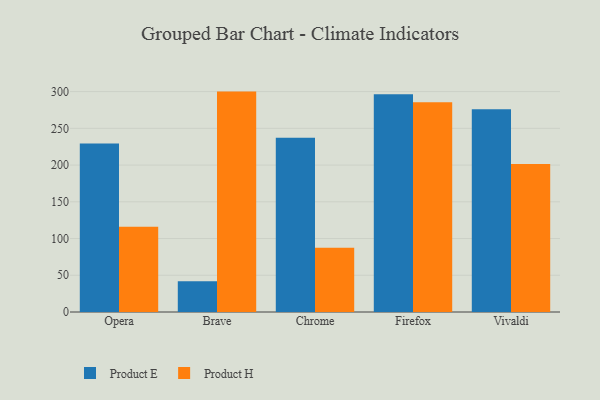
{"axis": {"x": "Browser", "y": "Backlog"}, "legend": ["Product E", "Product H"], "data": [{"x": "Opera", "y": 229.2, "type": "Product E"}, {"x": "Opera", "y": 116.0, "type": "Product H"}, {"x": "Brave", "y": 41.8, "type": "Product E"}, {"x": "Brave", "y": 300.0, "type": "Product H"}, {"x": "Chrome", "y": 237.1, "type": "Product E"}, {"x": "Chrome", "y": 87.3, "type": "Product H"}, {"x": "Firefox", "y": 296.4, "type": "Product E"}, {"x": "Firefox", "y": 285.6, "type": "Product H"}, {"x": "Vivaldi", "y": 276.1, "type": "Product E"}, {"x": "Vivaldi", "y": 201.5, "type": "Product H"}]}